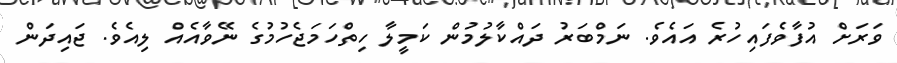
ވަރަށް އުފާވެފައިހުރެ އައެވެ. ނަމްބަރު ދައްކާލުމުން ކަމީލާ ހިތްހަމަޖެހުމުގެ ނޭވާއެއް ލިއެވެ. ޖައިދަން